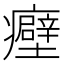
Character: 𬐀